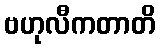
ဗဟုလီကတာတိ